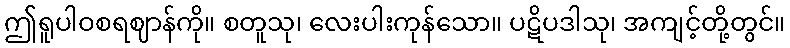
ဤရူပါဝစရဈာန်ကို။ စတူသု၊ လေးပါးကုန်သော။ ပဋိပဒါသု၊ အကျင့်တို့တွင်။